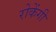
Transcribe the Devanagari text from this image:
रोकेंगी